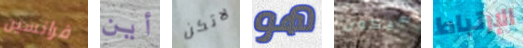
فرانسين أين لاتكن هو سيكون الإرتباط